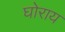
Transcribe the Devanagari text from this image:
घोराय